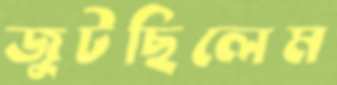
জুটছিলেম